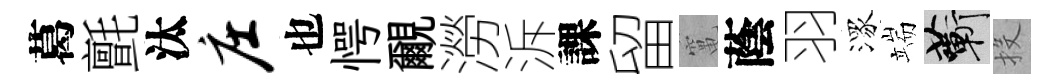
葛氈汰庄也愕覼澇泝課留𥧄蔭羽潈端蔪投